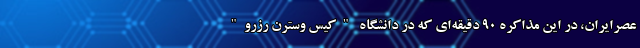
عصرایران، در این مذاکره 90 دقیقه‌ای که در دانشگاه "کیس وسترن رزرو"